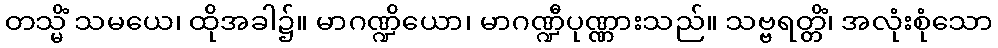
တသ္မိံ သမယေ၊ ထိုအခါ၌။ မာဂဏ္ဍိယော၊ မာဂဏ္ဍီပုဏ္ဏားသည်။ သဗ္ဗရတ္တိံ၊ အလုံးစုံသော